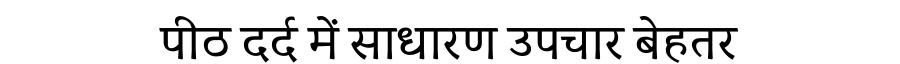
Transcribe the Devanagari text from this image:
पीठ दर्द में साधारण उपचार बेहतर